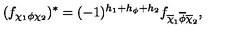
( f _ { \chi _ { 1 } \phi \chi _ { 2 } } ) ^ { \ast } = ( - 1 ) ^ { h _ { 1 } + h _ { \phi } + h _ { 2 } } f _ { \overline { \chi } _ { 1 } \overline { \phi } \overline { \chi } _ { 2 } } ,